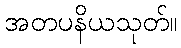
အတပနိယသုတ်။